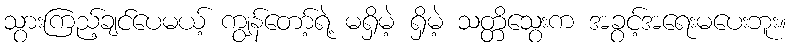
သွားကြည့်ချင်ပေမယ့် ကျွန်တော့်ရဲ့ မရှိမဲ့ ရှိမဲ့ သတ္တိသွေးက အခွင့်အရေးမပေးဘူး။